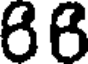
88